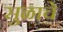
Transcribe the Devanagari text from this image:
सुळाचे